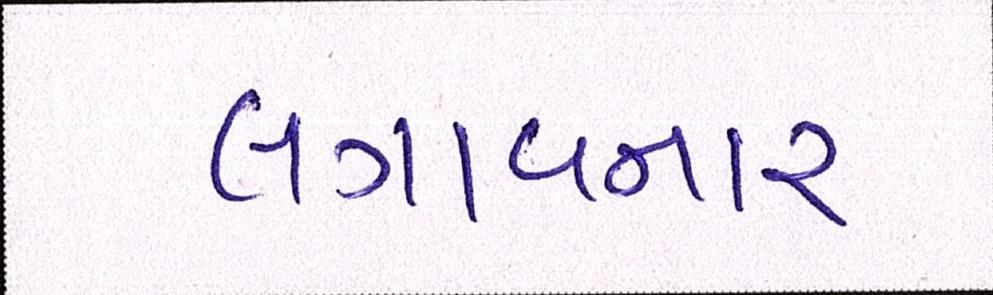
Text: લગાવનાર